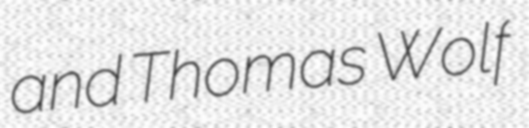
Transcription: and Thomas Wolf